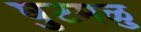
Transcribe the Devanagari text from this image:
घुटमळु